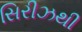
સિરીઝથી